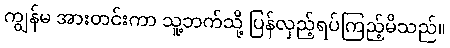
ကျွန်မ အားတင်းကာ သူ့ဘက်သို့ ပြန်လှည့်ရပ်ကြည့်မိသည်။